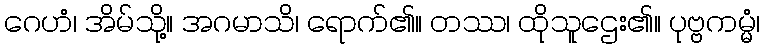
ဂေဟံ၊ အိမ်သို့။ အဂမာသိ၊ ရောက်၏။ တဿ၊ ထိုသူဌေး၏။ ပုဗ္ဗကမ္မံ၊